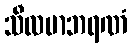
သီလမာဘရဏံ